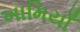
ખામિયાઁ